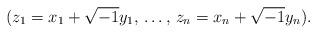
LaTeX: \begin{align*}(z_1 = x_1 + \sqrt{-1}y_1,\,\dots,\, z_n = x_n + \sqrt{-1}y_n).\end{align*}